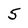
Character: 5